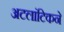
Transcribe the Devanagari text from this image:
अटलांटिकने